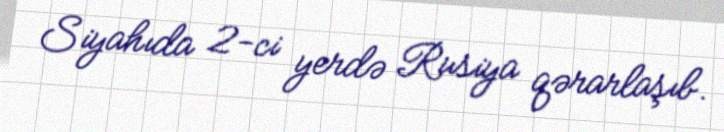
Siyahıda 2-ci yerdə Rusiya qərarlaşıb.